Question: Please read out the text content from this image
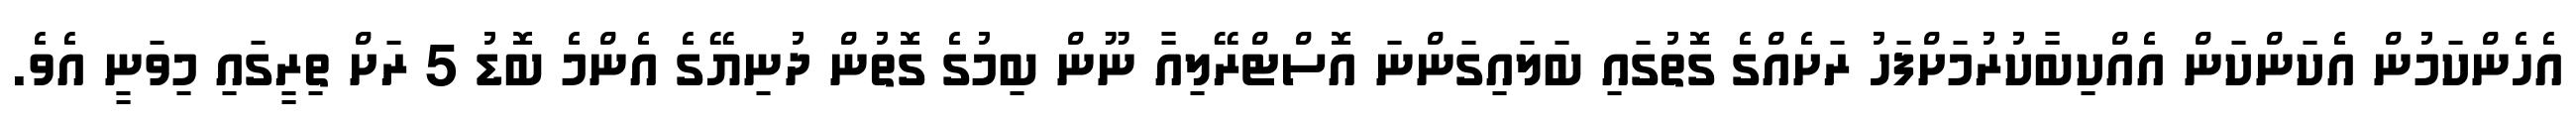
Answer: އެހެންކަމުން އެކަންކަން އެއްކިބާކުރުމަށްފަހު ރަށެއްގެ ގޮތުގައި ބަލައިގަންނަ އޮސްޓްރޭލިއާ ނޫން ބިމުގެ ގޮތުން ދުނިޔޭގެ އެންމެ ބޮޑު 5 ރަށް ތިރީގައި މިވަނީ އެވެ.